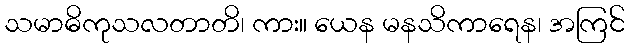
သမာဓိကုသလတာတိ၊ ကား။ ယေန မနသိကာရေန၊ အကြင်